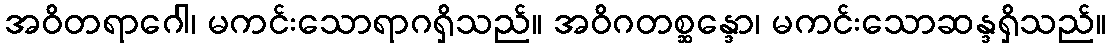
အဝိတရာဂေါ၊ မကင်းသောရာဂရှိသည်။ အဝိဂတစ္ဆန္ဒော၊ မကင်းသောဆန္ဒရှိသည်။